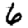
Digit: 6